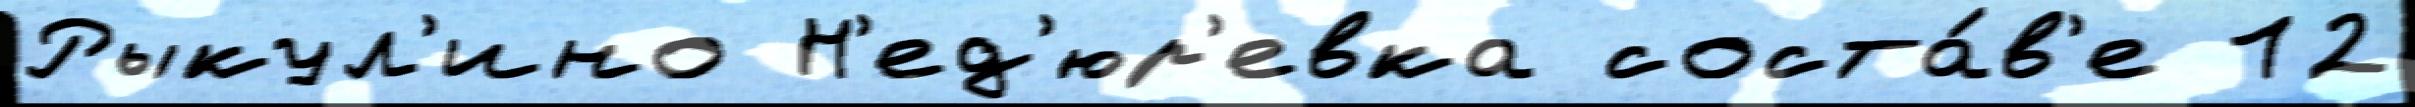
Рыкул'ино Н'ед'юр'евка соста́в'е 12